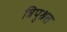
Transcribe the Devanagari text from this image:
त्रिपुश्रत